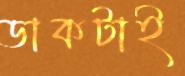
ডাকটাই